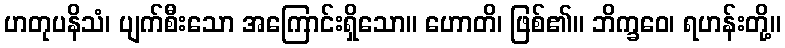
ဟတုပနိသံ၊ ပျက်စီးသော အကြောင်းရှိသော။ ဟောတိ၊ ဖြစ်၏။ ဘိက္ခဝေ၊ ရဟန်းတို့။